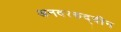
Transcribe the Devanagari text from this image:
अनवररुद्दीन